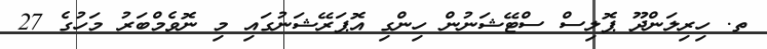
ތ. ހިރިލަންދޫ ޕޮލިސް ސްޓޭޝަނުން ހިންގި އޮޕަރޭޝަނުގައި މި ނޮވެމްބަރު މަހުގެ 27